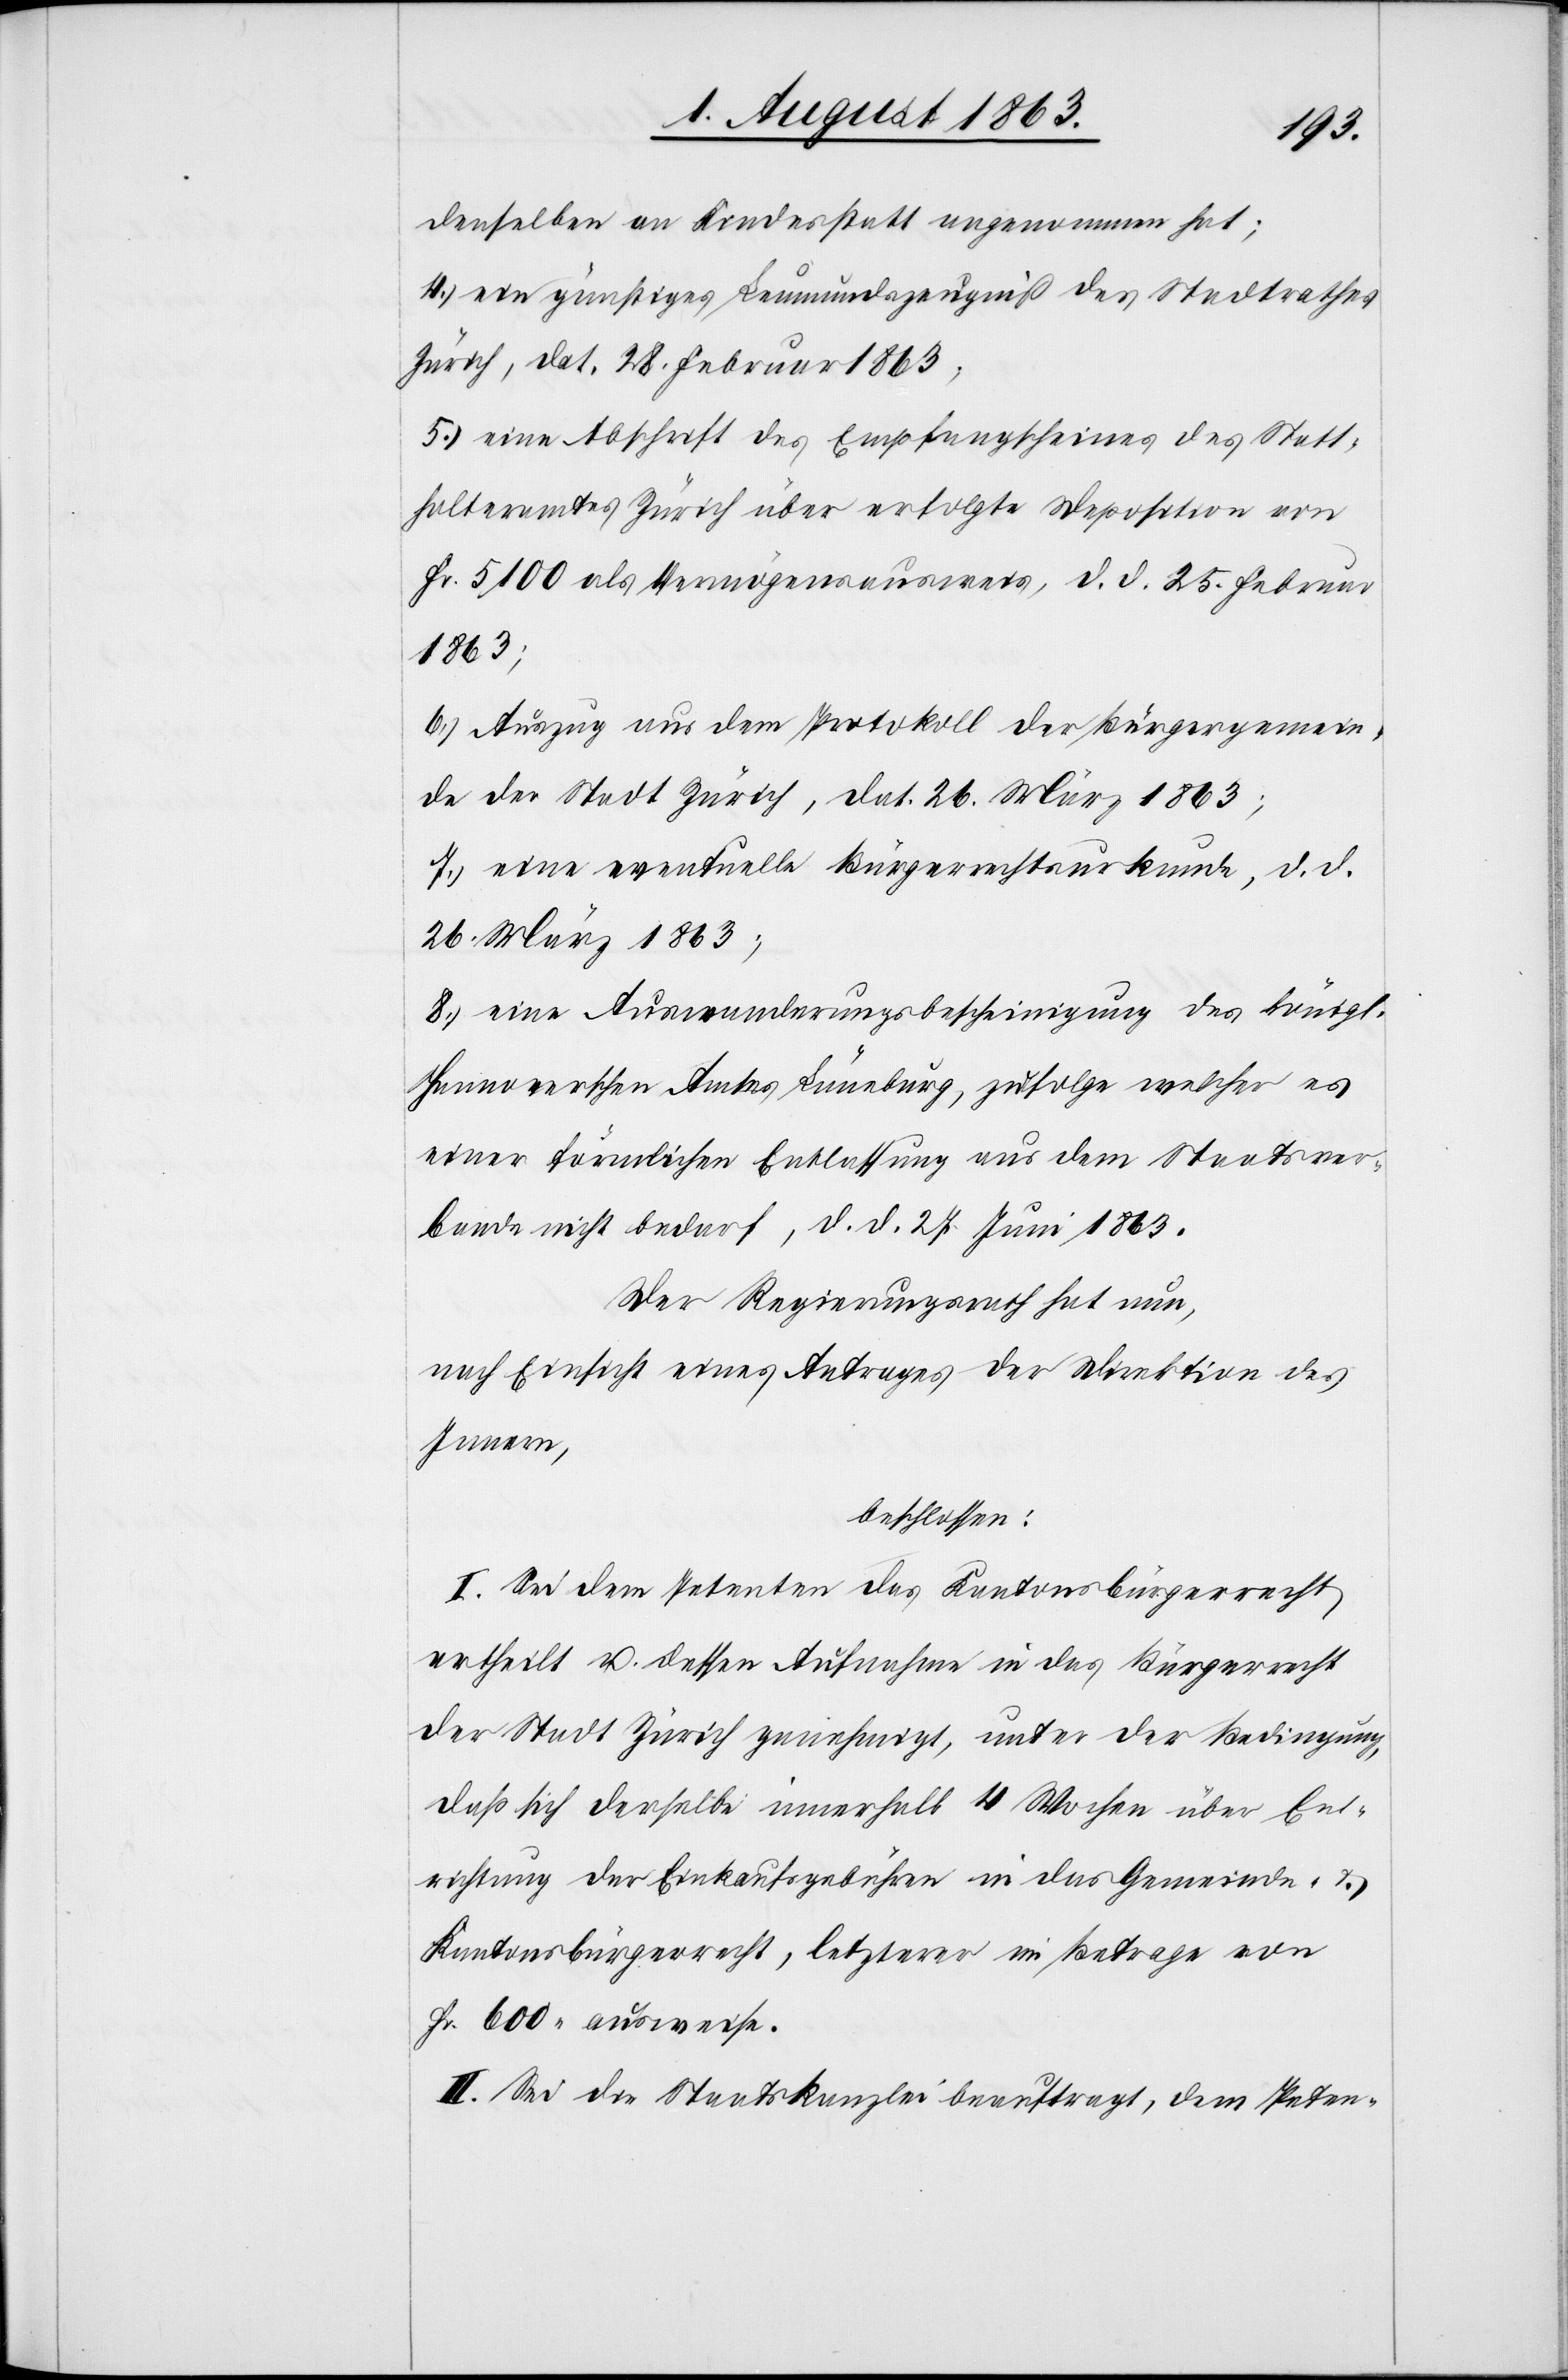
denselben an Kindesstatt angenommen hat;
4.) ein günstiges Leumundszeugniß des Stadtrathes
Zürich, dat. 28. Februar 1863;
5.) eine Abschrift des Empfangscheines des Statt¬
halteramtes Zürich über erfolgte Deposition von
Fr. 5100 als Vermögensausweis, d. d. 25. Februar
1863;
6.) Auszug aus dem Protokoll der Bürgergemein¬
de der Stadt Zürich, dat. 26. März 1863;
7.) eine eventuelle Bürgerrechtsurkunde, d. d.
26. März 1863;
8.) eine Auswanderungsbescheinigung des königl.
Hannoverschen Amtes Lüneburg, zufolge welcher es
einer förmlichen Entlassung aus dem Staatsver¬
bande nicht bedarf, d. d. 27. Juni 1863.
Der Regierungsrath hat nun,
nach Einsicht eines Antrages der Direktion des
Innern,
beschlossen:
I. Sei dem Petenten das Kantonsbürgerrecht
ertheilt u. dessen Aufnahme in das Bürgerrecht
der Stadt Zürich genehmigt, unter der Bedingung,
das sich derselbe innerhalb 4 Wochen über Ent¬
richtung der Einkaufsgebühren in das Gemeinde- &
Kantonsbürgerrecht, letzterer im Betrage von
Fr. 600. ausweise.
II. Sei die Staatskanzlei beauftragt, dem Peten-